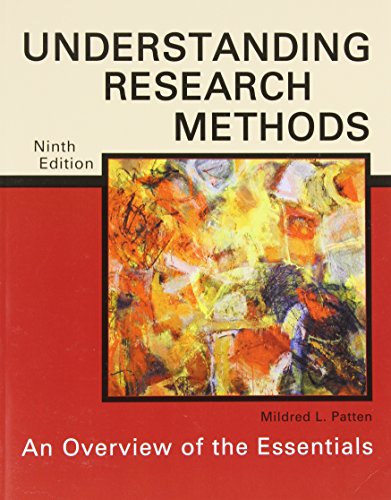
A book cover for Understanding Research Methods: An Overview of the Essentials; Mildred L., Ed. Patten; Medical Books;